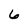
Character: 6